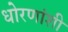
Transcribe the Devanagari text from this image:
धोरणांशी